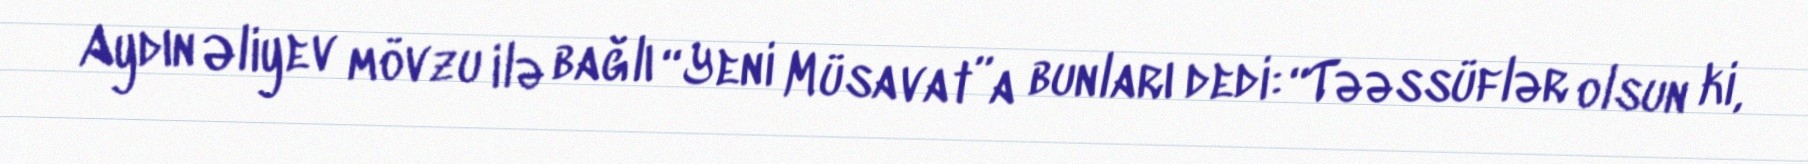
Aydın Əliyev mövzu ilə bağlı “Yeni Müsavat”a bunları dedi: “Təəssüflər olsun ki,